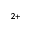
^ { 2 + }